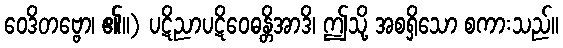
ဝေဒိတဗ္ဗော၊ ၏။) ပဋိညာပဋိဝေဓန္တိအာဒိ၊ ဤသို့ အစရှိသော စကားသည်။